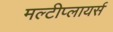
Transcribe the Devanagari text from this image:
मल्टीप्लायर्स